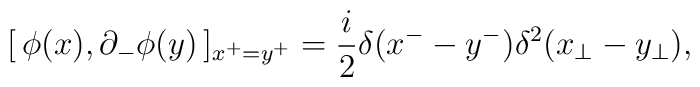
[\,\phi(x),\partial_{-}\phi(y)\,]_{x^{+}=y^{+}}  =\frac{i}{2}\delta(x^{-}-y^{-})\delta^{2}(x_{\perp}-y_{\perp}),